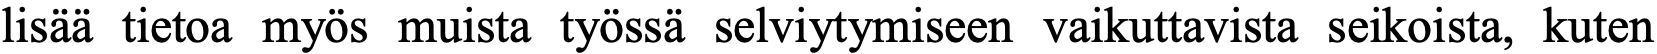
lisää tietoa myös muista työssä selviytymiseen vaikuttavista seikoista, kuten